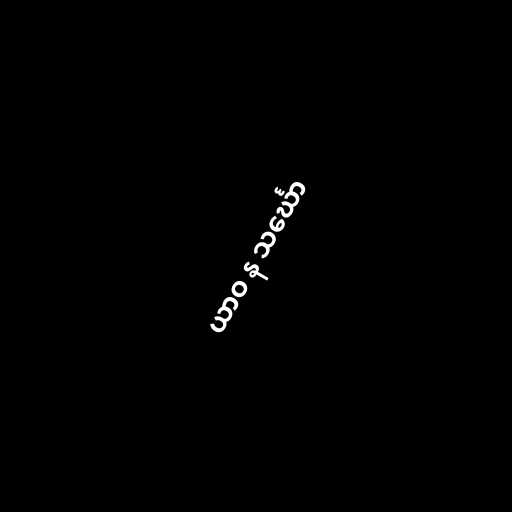
ယာဝ န သင်္ဃော